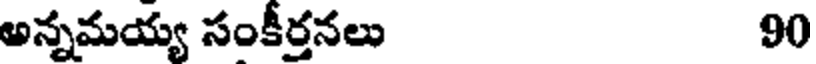
అన్నమయ్య సంకీర్తనలు 90